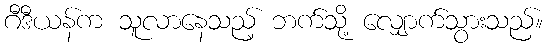
ဂီဒီယန်က သူလာနေသည့် ဘက်သို့ လျှောက်သွားသည်။